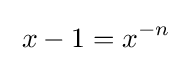
\;x-1=x^{-n}